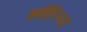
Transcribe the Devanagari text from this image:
क्लीरिनस